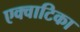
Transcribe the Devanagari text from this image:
एक्वाटिका